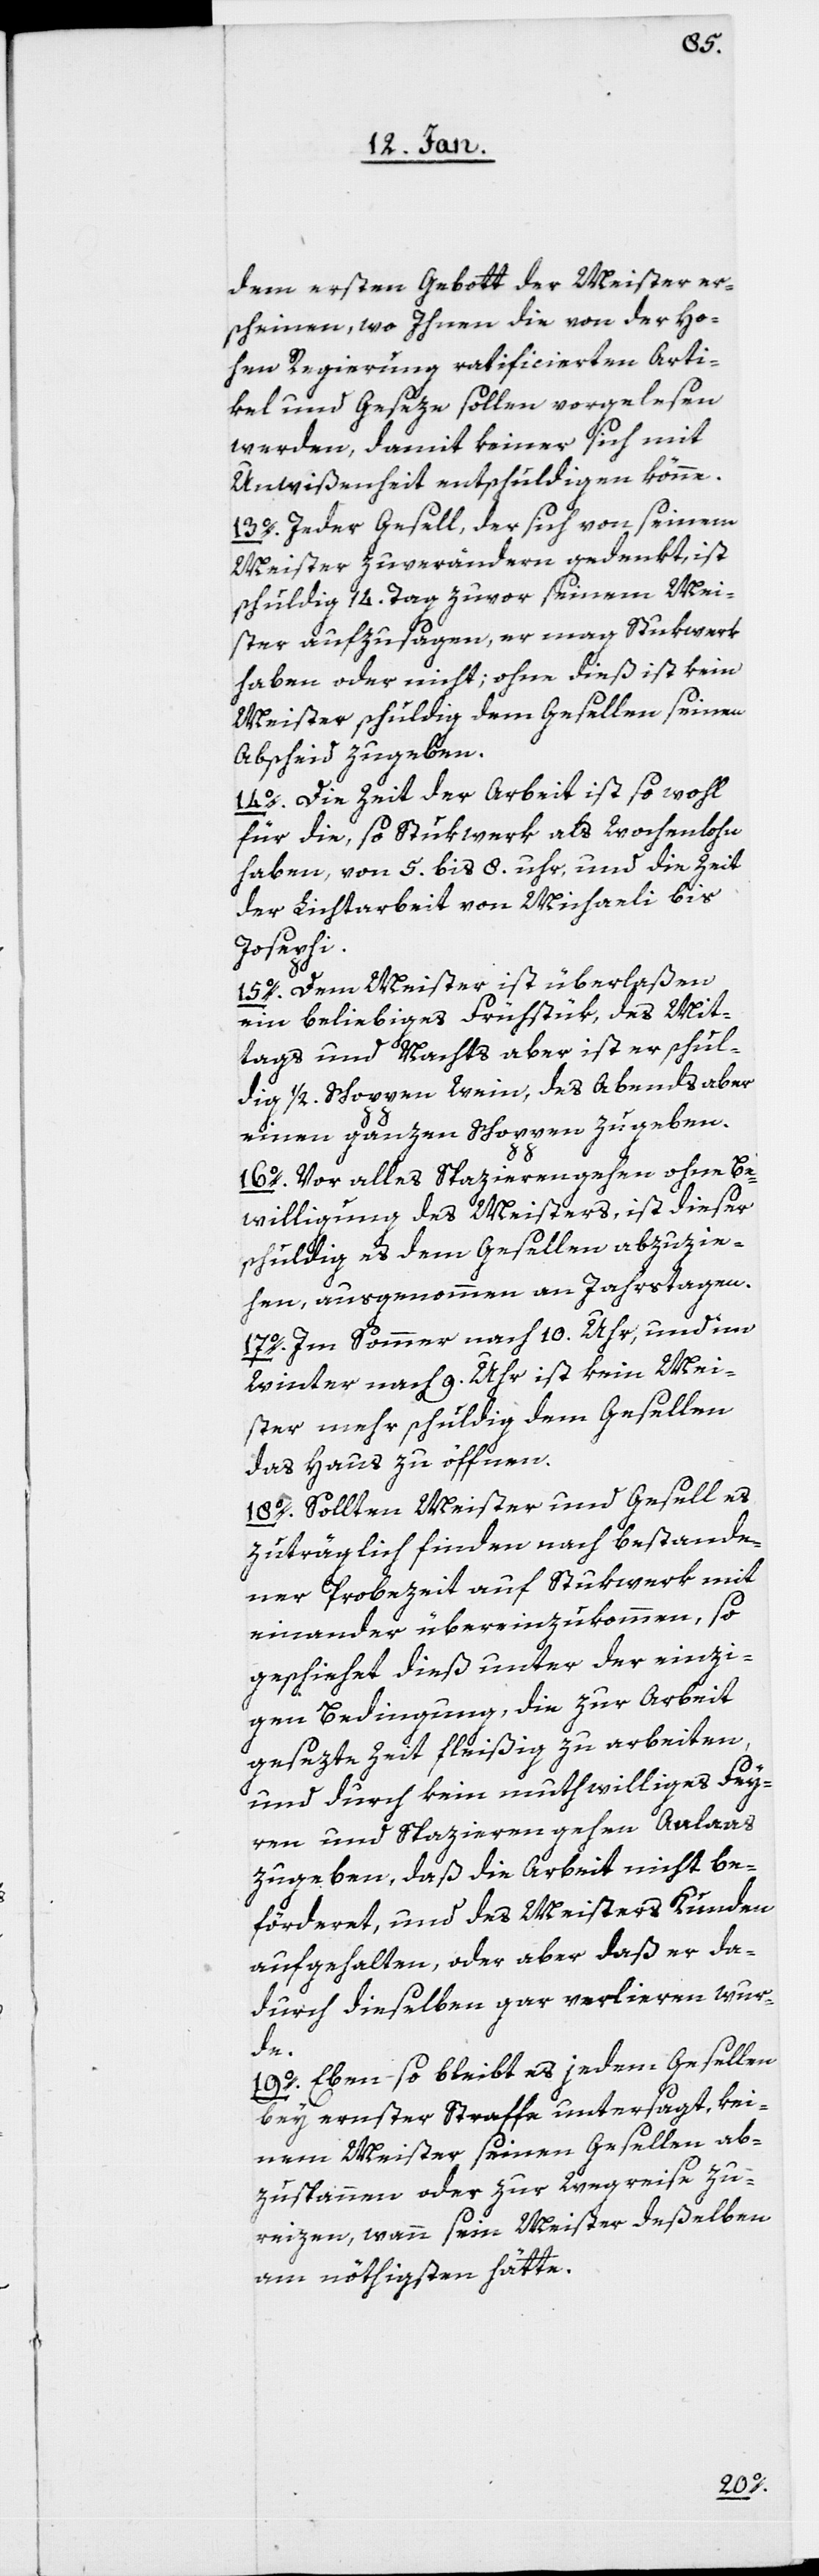
dem ersten Gebott der Meister er¬
scheinen, wo Ihnen die von der Ho¬
hen Regierung ratificierten Arti¬
kel und Geseze sollen vorgelesen
werden, damit keiner sich mit
Unwißenheit entschuldigen könne.
13o. Jeder Gesell, der sich von seinem
Meister zu verändern gedenkt, ist
schuldig, 14. Tag zuvor seinem Mei¬
ster aufzusagen, er mag Stukwerk
haben oder nicht; ohne dieß ist kein
Meister schuldig, dem Gesellen seinen
Abscheid zu geben.
14o. Die Zeit der Arbeit ist so wohl
für die, so Stukwerk als Wochenlohn
haben, von 5. bis 8. uhr, und die Zeit
der Lichtarbeit von Michaeli bis
Josephi.
15o. Dem Meister ist überlaßen,
ein beliebiges Frühstük, des Mit¬
tags und Nachts aber ist er schul¬
dig 1/2. Schoppen Wein, des Abends aber
einen ganzen Schoppen zu geben.
16o. Vor alles Spazierengehen ohne Be¬
willigung des Meisters, ist dieser
schuldig, es dem Gesellen abzuzie¬
hen, ausgenommen an Jahrstagen.
17o. Im Sommer nach 10. Uhr, und im
Winter nach 9. Uhr ist kein Mei¬
ster mehr schuldig, dem Gesellen
das Haus zu öffnen.
18o. Sollten Meister und Gesell es
zuträglich finden, nach bestande¬
ner Probezeit auf Stukwerk mit
einander übereinzukommen, so
geschiehet dieß unter der einzi¬
gen Bedingung, die zur Arbeit
gesezte Zeit fleißig zu arbeiten,
und durch kein muthwilliges Fey¬
ern und Spazieren gehen Anlaaß
zu geben, daß die Arbeit nicht be¬
förderet, und des Meisters Kunden
aufgehalten, oder aber daß er da¬
durch dieselben gar verlieren wur¬
de.
19o. Eben so bleibt es jedem Gesellen
bey ernster Straffe untersagt, kei¬
nem Meister seinen Gesellen ab¬
zuspannen oder zur Wegreise zu¬
reizen, wann sein Meister deßelben
am nöthigsten hätte.